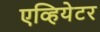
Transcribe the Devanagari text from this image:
एव्हियेटर